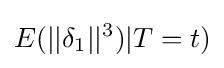
E(||\delta _{1}||^{3})|T=t)